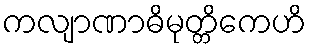
ကလျာဏာဓိမုတ္တိကေဟိ